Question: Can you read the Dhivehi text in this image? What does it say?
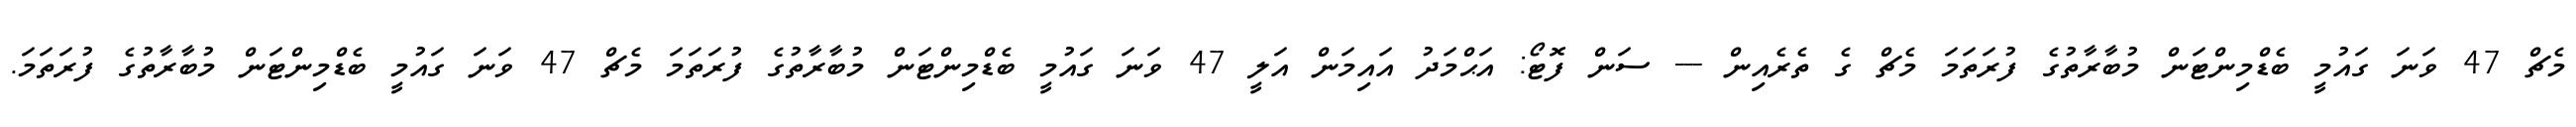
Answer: މެޗް 47 ވަނަ ގައުމީ ބެޑްމިންޓަން މުބާރާތުގެ ފުރަތަމަ މެޗް ގެ ތެރެއިން --- ސަން ފޮޓޯ: އަޙްމަދު އައިމަން އަލީ 47 ވަނަ ގައުމީ ބެޑްމިންޓަން މުބާރާތުގެ ފުރަތަމަ މެޗް 47 ވަނަ ގައުމީ ބެޑްމިންޓަން މުބާރާތުގެ ފުރަތަމަ.